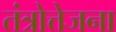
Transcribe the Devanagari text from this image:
तंत्रोत्तेजना